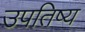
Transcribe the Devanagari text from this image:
उपतिष्य